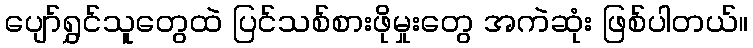
ပျော်ရွှင်သူတွေထဲ ပြင်သစ်စားဖိုမှုးတွေ အကဲဆုံး ဖြစ်ပါတယ်။